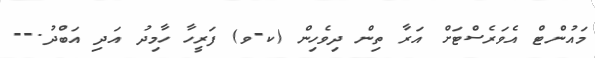
މައުންޓް އެވަރެސްޓަށް އަރާ ތިން ދިވެހިން (ކ-ވ) ފަރީހާ ހާމިދު އަދި އަބްދު.--